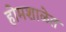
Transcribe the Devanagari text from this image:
होमशाळेत